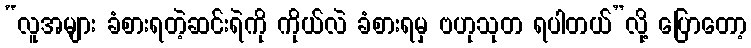
“လူအများ ခံစားရတဲ့ဆင်းရဲကို ကိုယ်လဲ ခံစားရမှ ဗဟုသုတ ရပါတယ်”လို့ ပြောတော့